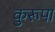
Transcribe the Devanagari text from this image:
कुरूपा